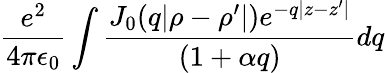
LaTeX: \frac{e^{2}}{4\pi\epsilon_{0}}\int\frac{J_{0}(q|\rho-\rho^{\prime}|)e^{-q|z-z^{\prime}|}}{(1+\alpha q)}dq